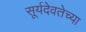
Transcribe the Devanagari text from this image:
सूर्यदेवतेच्या